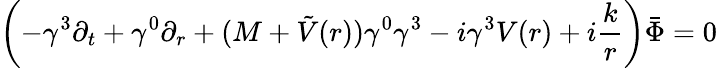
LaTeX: \left(-\gamma^{3}\partial_{t}+\gamma^{0}\partial_{r}+(M+\tilde{V}(r))\gamma^{0}\gamma^{3}-i\gamma^{3}V(r)+i\frac kr\right)\bar{\Phi}=0